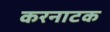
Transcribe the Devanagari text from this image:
करनाटक